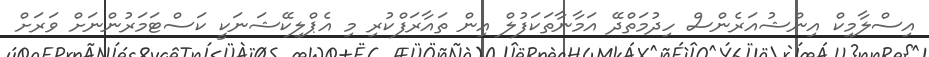
އިސްލާމިކް އިންޝުއަރެންސް ހިދުމަތްދޭ އަމާނާތަކަފުލް އިން ތައާރަފްކުރި މި އެޕްލިކޭޝަނަކީ ކަސްޓަމަރުންނަށް ވަރަށް